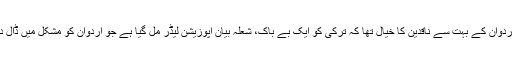
طیب اردوان کے بہت سے ناقدین کا خیال تھا کہ ترکی کو ایک بے باک، شعلہ بیان اپوزیشن لیڈر مل گیا ہے جو اردوان کو مشکل میں ڈال دے گا۔